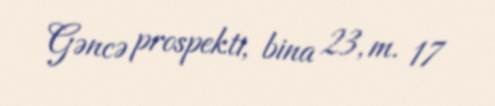
Gəncə prospekti, bina 23, m. 17